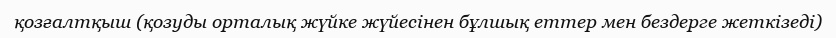
қозғалтқыш (қозуды орталық жүйке жүйесінен бұлшық еттер мен бездерге жеткізеді)